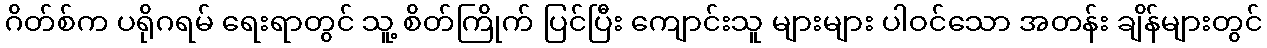
ဂိတ်စ်က ပရိုဂရမ် ရေးရာတွင် သူ့ စိတ်ကြိုက် ပြင်ပြီး ကျောင်းသူ များများ ပါဝင်သော အတန်း ချိန်များတွင်